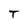
Character: T